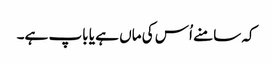
کہ سامنے اُس کی ماں ہے یا باپ ہے۔